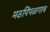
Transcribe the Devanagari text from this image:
मठपिंपळगाव